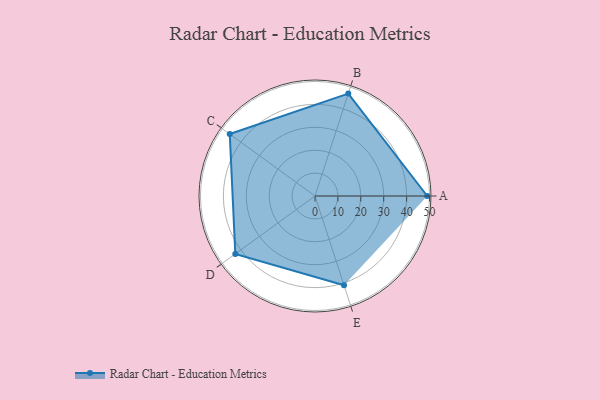
{"axis": {"x": "Skill", "y": "Score"}, "legend": ["Profile"], "data": [{"x": "A", "y": 49.0, "type": "Profile"}, {"x": "B", "y": 47.0, "type": "Profile"}, {"x": "C", "y": 46.0, "type": "Profile"}, {"x": "D", "y": 43.0, "type": "Profile"}, {"x": "E", "y": 41.0, "type": "Profile"}]}